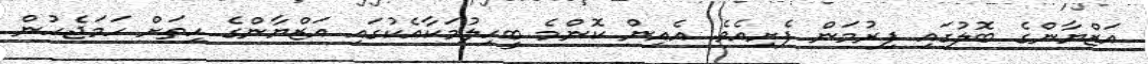
އަޒްޔާންގެ ބޮލުގައި ފިރުމަން ފެށިއެވެ. އެއިން ކޮންމެ ބީހިލުމަކާއެކުގައި އަޒްޔާންގެ ހިތަށް ހަމަޖެހުން